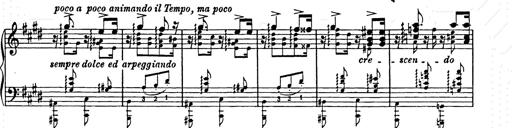
Title: Ave Maria
Composer: Joseph Ascher
Key: D-flat major